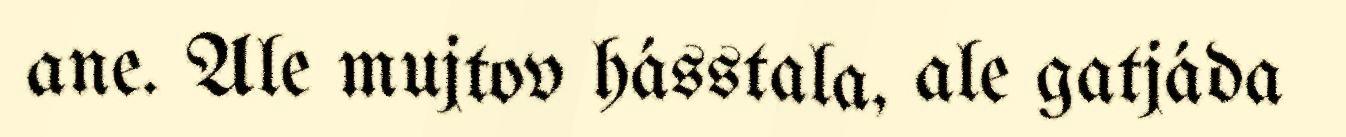
ane. Ale mujtov hásstala, ale gatjáda